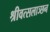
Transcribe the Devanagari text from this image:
श्रीवत्सलाञ्छन